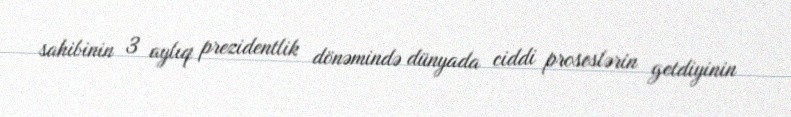
sahibinin 3 aylıq prezidentlik dönəmində dünyada ciddi proseslərin getdiyinin